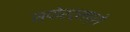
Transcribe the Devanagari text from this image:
स्पोर्ट्सप्रो